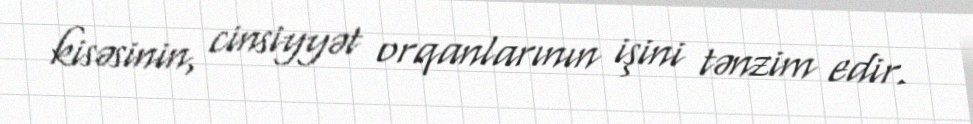
kisəsinin, cinsiyyət orqanlarının işini tənzim edir.